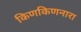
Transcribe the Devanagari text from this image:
किणकिणनारा